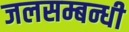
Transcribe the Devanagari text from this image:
जलसम्बन्धी